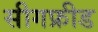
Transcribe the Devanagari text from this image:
सीगफ्रीड